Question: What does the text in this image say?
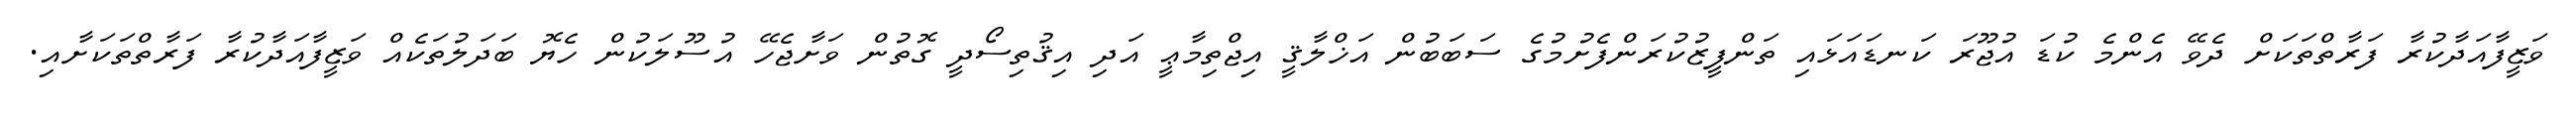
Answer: ވަޒީފާއަދާކުރާ ފަރާތްތަކަށް ދެވޭ އެންމެ ކުޑަ އުޖޫރަ ކަނޑައަޅައި ތަންފީޒުކުރަންފެށުމުގެ ސަބަބުން އަޚްލާޤީ އިޖްތިމާޢީ އަދި އިޤުތިސޯދީ ގޮތުން ވަށާޖެހޭ އުސޫލަކުން ހެޔޮ ބަދަލުތަކެއް ވަޒީފާއަދާކުރާ ފަރާތްތަކަށާއި.